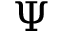
\Psi